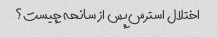
اختلال استرس پس از سانحه چیست؟